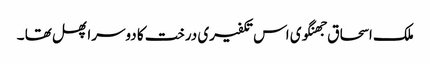
ملک اسحاق جھنگوی اس تکفیری درخت کا دوسرا پھل تھا ۔